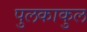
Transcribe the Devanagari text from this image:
पुलकाकुल